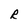
Character: R